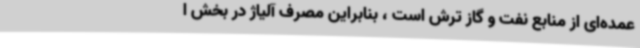
عمده‌ای از منابع نفت و گاز ترش است ، بنابراین مصرف آلیاژ در بخش ا